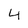
Character: 4